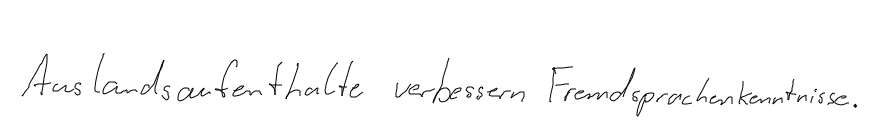
Auslandsaufenthalte verbessern Fremdsprachenkenntnisse.